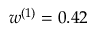
{ w ^ { ( 1 ) } = 0 . 4 2 }